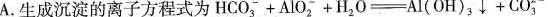
A.生成沉淀的离子方程式为$$H C O _ { 3 } ^ { - } + A l O _ { 2 } ^ { - } + H 2 0